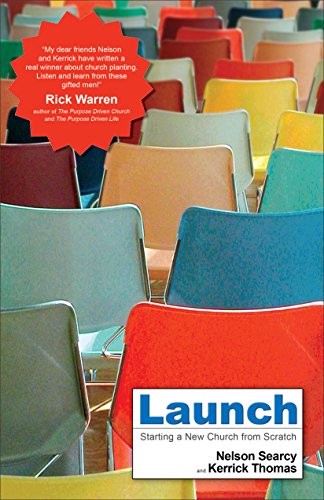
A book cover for Launch: Starting a New Church from Scratch; Nelson Searcy; Christian Books & Bibles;